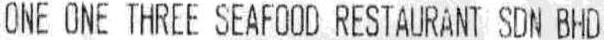
ONE ONE THREE SEAFOOD RESTAURANT SDN BHD